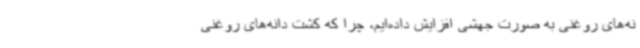
نه‌های روغنی به صورت جهشی افزایش داده‌ایم، چرا که کشت دانه‌های روغنی